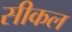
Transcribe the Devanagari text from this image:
सीकल